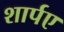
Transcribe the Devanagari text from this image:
शार्पए